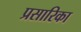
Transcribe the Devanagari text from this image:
प्रसारिका